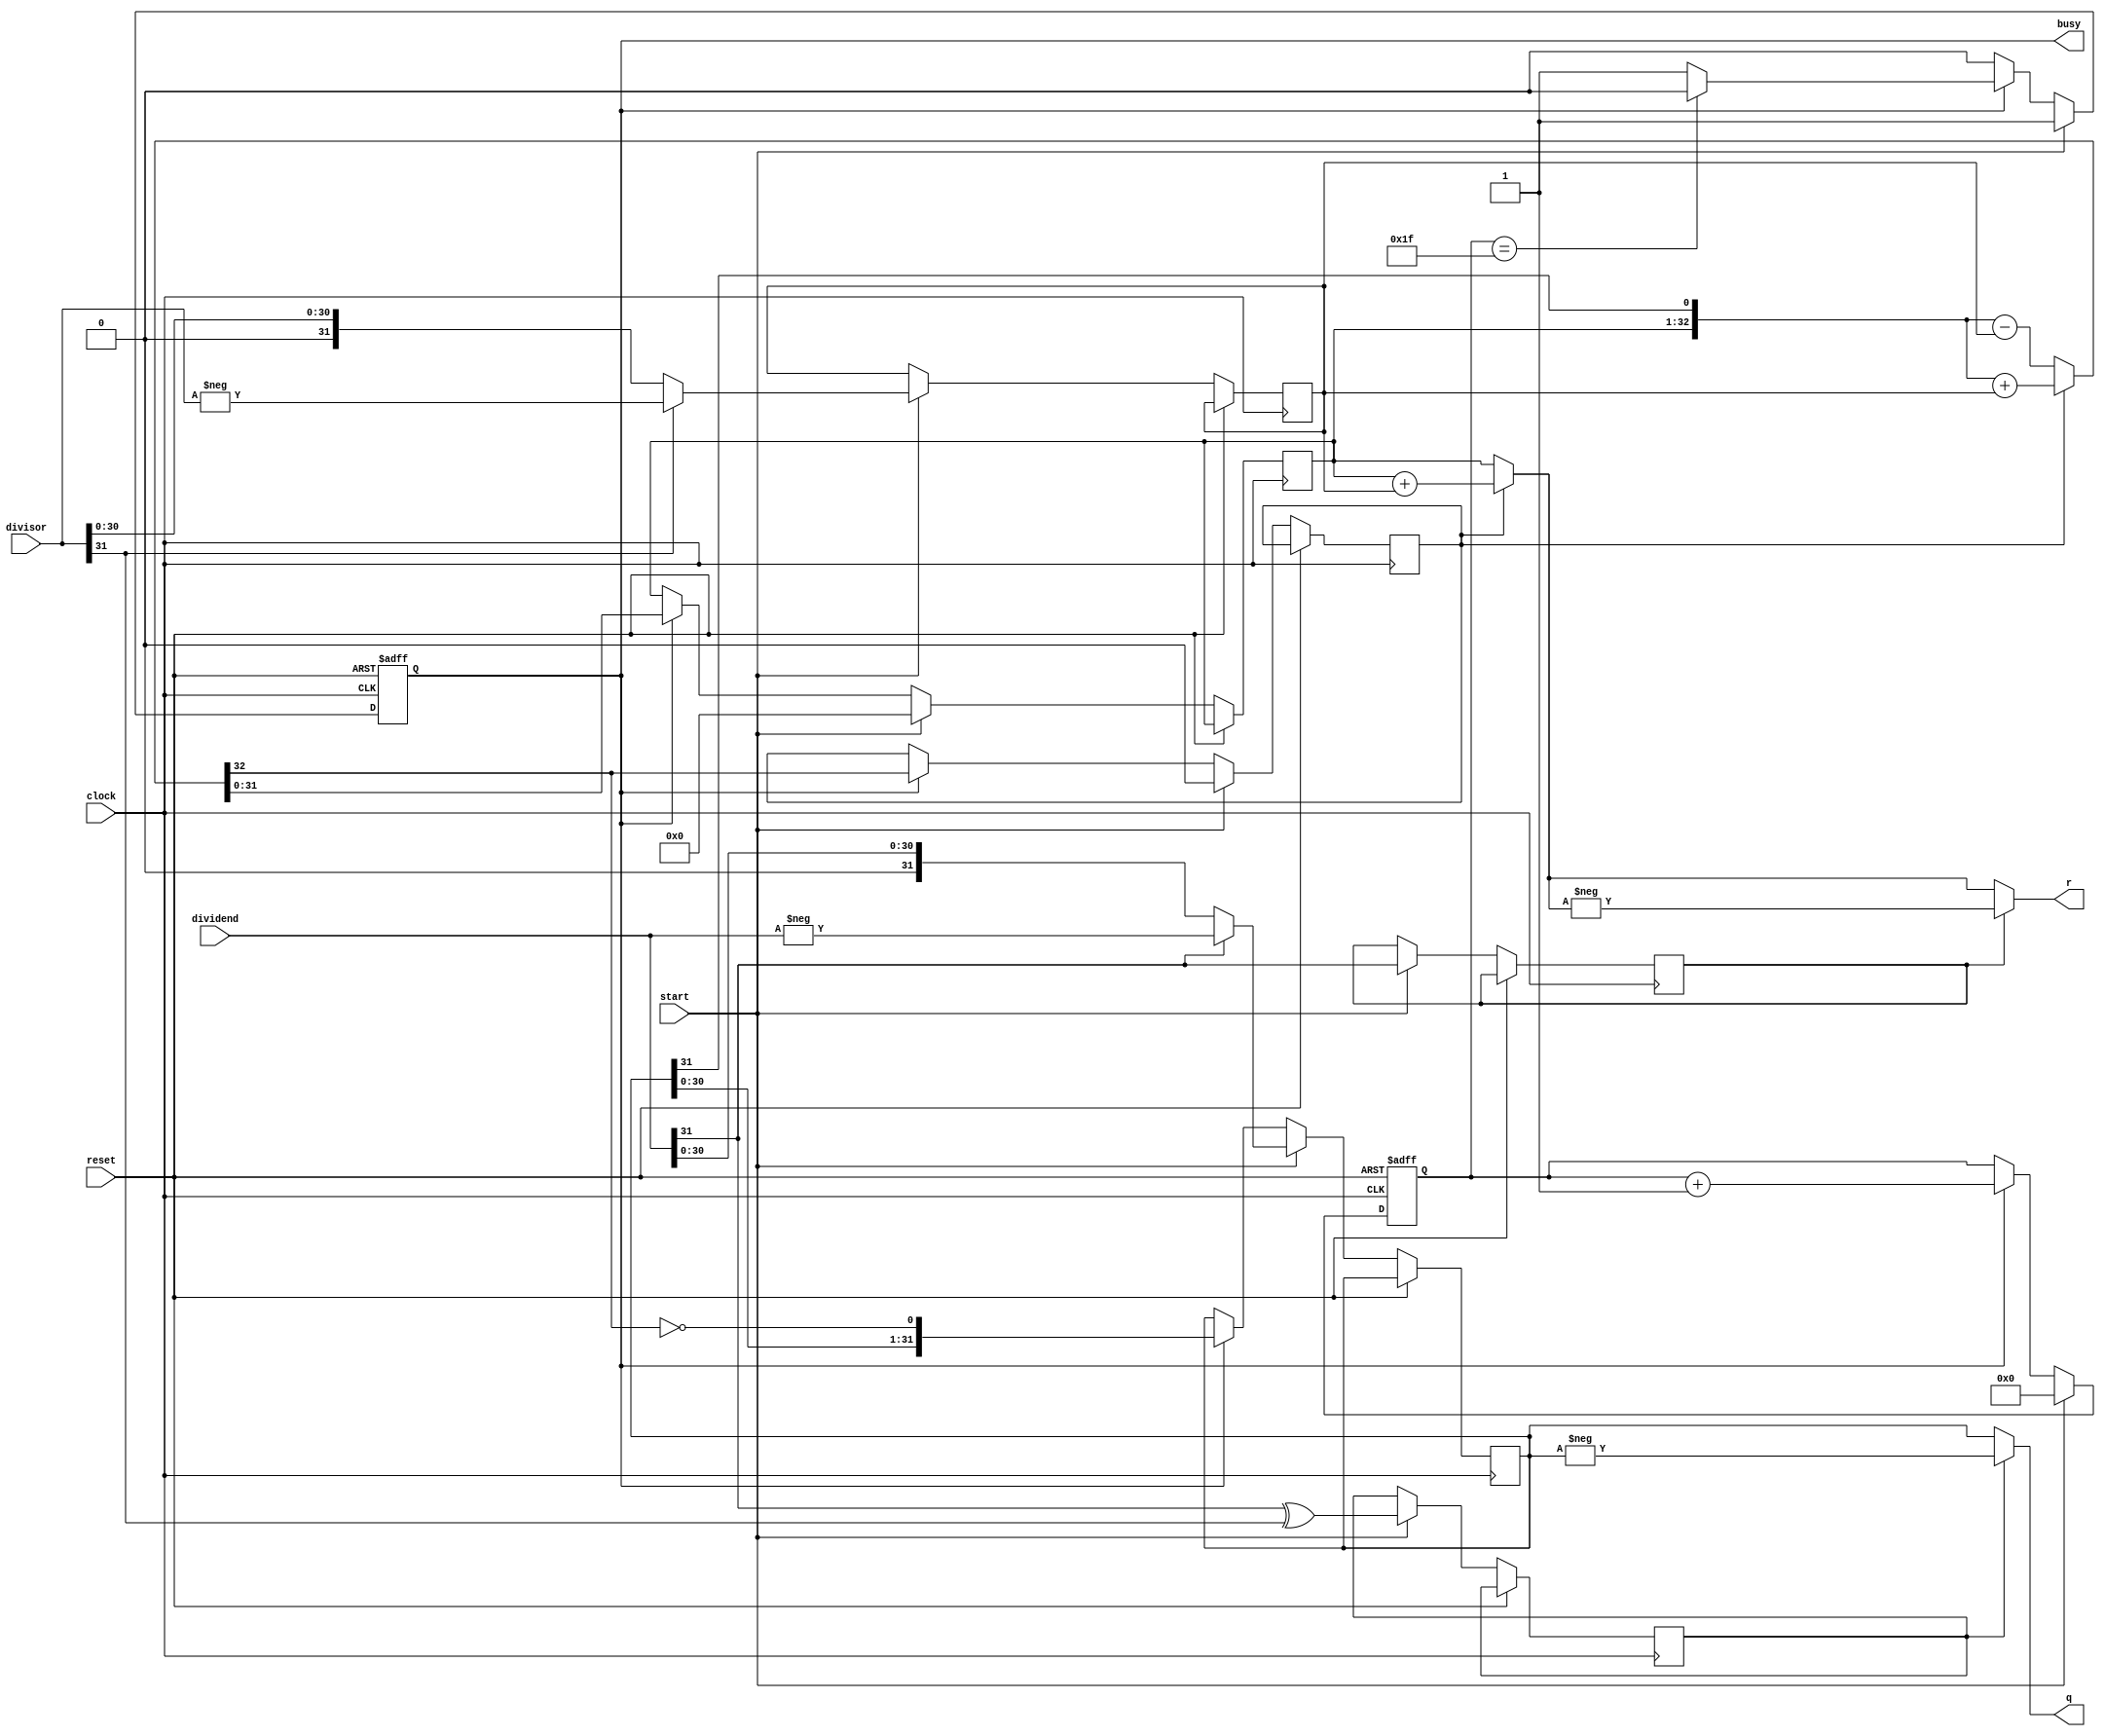
`timescale 1ns / 1ps
//////////////////////////////////////////////////////////////////////////////////
// Company: 
// Engineer: 
// 
// Design Name: 
// Module Name: DIV
// Project Name: 
// Target Devices: 
// Tool Versions: 
// Description: 
// 
// Dependencies: 
// 
// Revision:
// Revision 0.01 - File Created
// Additional Comments:
// 
//////////////////////////////////////////////////////////////////////////////////



module DIV(
input [31:0]dividend,
input [31:0]divisor,
input start,
input clock,
input reset,
output [31:0]q,
output [31:0]r,
output reg busy
);
reg [4:0]count;
reg [31:0]reg_q;
reg [31:0]reg_r;
reg [31:0]reg_b;
reg q_sign;
reg r_sign;
reg a_sign;
wire [32:0]sub_add=r_sign?{reg_r,reg_q[31]}+{1'b0,reg_b}:{reg_r,reg_q[31]}-{1'b0,reg_b};
assign r=a_sign?(-(r_sign?reg_r+reg_b:reg_r)):(r_sign?reg_r+reg_b:reg_r);
assign q=q_sign?-reg_q:reg_q;
always@(posedge clock or posedge reset)
begin
if(reset)
begin count<=0;busy<=0;end
else if(start)begin 
count<=0;reg_q<=dividend[31]?-dividend:dividend;
reg_r<=0;
reg_b<=divisor[31]?-divisor:divisor;
r_sign<=0;busy<=1'b1;
q_sign<=dividend[31]^divisor[31];
a_sign<=dividend[31];
end
else if(busy)begin
reg_r<=sub_add[31:0];
r_sign<=sub_add[32];
reg_q<={reg_q[30:0],~sub_add[32]};
count<=count+1;
if(count==31)busy<=0;
end
end
endmodule